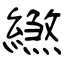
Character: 繺